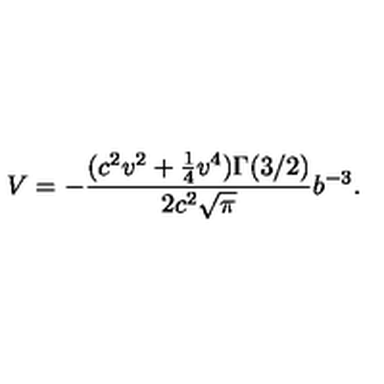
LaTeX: V = - \frac { ( c ^ { 2 } v ^ { 2 } + \frac { 1 } { 4 } v ^ { 4 } ) \Gamma ( 3 / 2 ) } { 2 c ^ { 2 } \sqrt { \pi } } b ^ { - 3 } .